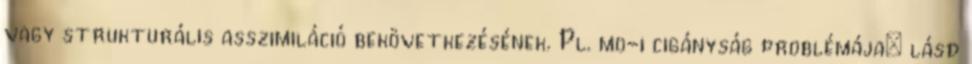
vagy strukturális asszimiláció bekövetkezésének. Pl. mo-i cigányság problémája: lásd